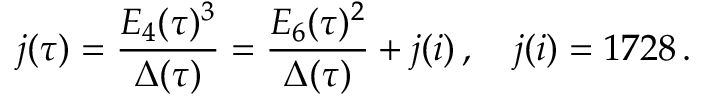
j ( \tau ) = \frac { E _ { 4 } ( \tau ) ^ { 3 } } { \Delta ( \tau ) } = \frac { E _ { 6 } ( \tau ) ^ { 2 } } { \Delta ( \tau ) } + j ( i ) \, , \quad j ( i ) = 1 7 2 8 \, .